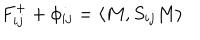
LaTeX: F _ { i j } ^ { + } + \phi _ { i j } = \langle M , S _ { i j } M \rangle